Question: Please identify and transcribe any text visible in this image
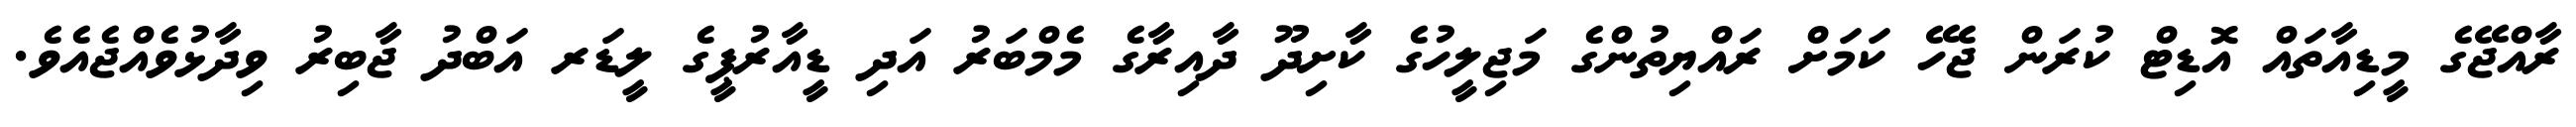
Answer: ރާއްޖޭގެ މީޑިއާތައް އޮޑިޓް ކުރަން ޖެހޭ ކަމަށް ރައްޔިތުންގެ މަޖިލީހުގެ ކާށިދޫ ދާއިރާގެ މެމްބަރު އަދި ޑީއާރުޕީގެ ލީޑަރ އަބްދު ޖާބިރު ވިދާޅުވެއްޖެއެވެ.